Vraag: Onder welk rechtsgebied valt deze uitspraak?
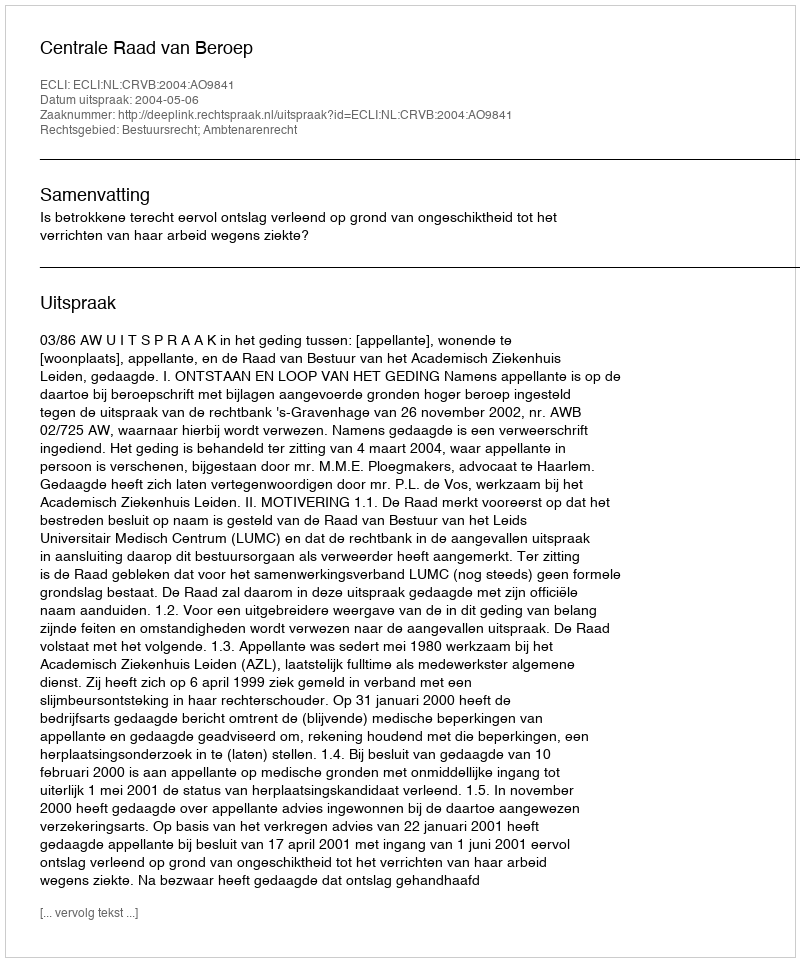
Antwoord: Bestuursrecht; Ambtenarenrecht